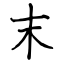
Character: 末